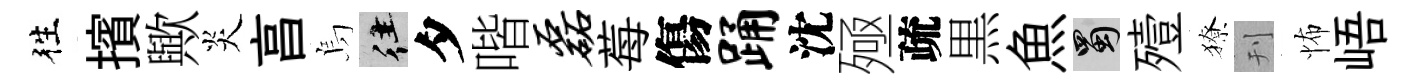
徃擯歟炎亯烏往夕喈磊莓傷踊沈殛疏黒魚蜀殪獠刊怖峿